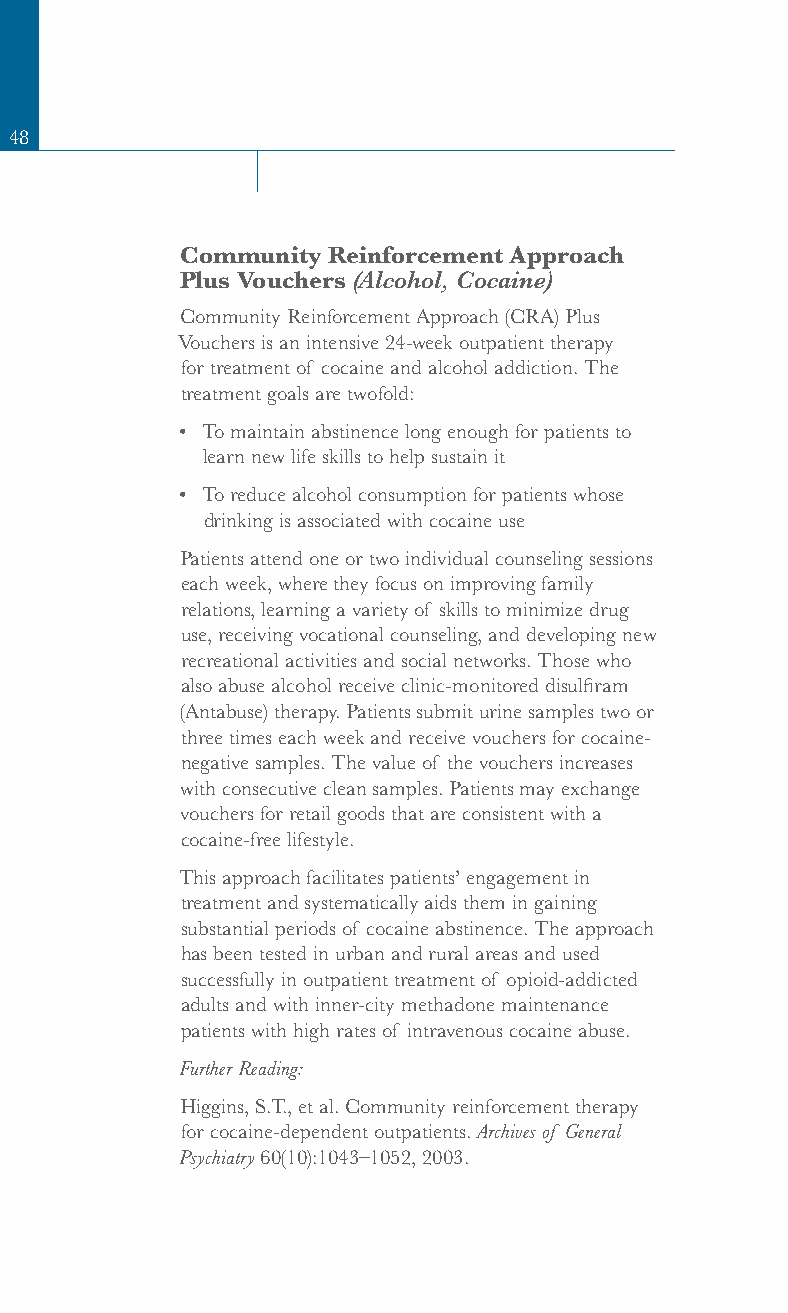
48
 Community Reinforcement Approach
 Plus Vouchers (Alcohol, Cocaine)
 Community Reinforcement Approach (CRA) Plus
 Vouchers is an intensive 24-week outpatient therapy
 for treatment of cocaine and alcohol addiction. The
 treatment goals are twofold:
 • To maintain abstinence long enough for patients to
 learn new life skills to help sustain it
 • To reduce alcohol consumption for patients whose
 drinking is associated with cocaine use
 Patients attend one or two individual counseling sessions
 each week, where they focus on improving family
 relations, learning a variety of skills to minimize drug
 use, receiving vocational counseling, and developing new
 recreational activities and social networks. Those who
 also abuse alcohol receive clinic-monitored disulfiram
 (Antabuse) therapy. Patients submit urine samples two or
 three times each week and receive vouchers for cocaine-
 negative samples. The value of the vouchers increases
 with consecutive clean samples. Patients may exchange
 vouchers for retail goods that are consistent with a
 cocaine-free lifestyle.
 This approach facilitates patients’ engagement in
 treatment and systematically aids them in gaining
 substantial periods of cocaine abstinence. The approach
 has been tested in urban and rural areas and used
 successfully in outpatient treatment of opioid-addicted
 adults and with inner-city methadone maintenance
 patients with high rates of intravenous cocaine abuse.
 Further Reading:
 Higgins, S.T., et al. Community reinforcement therapy
 for cocaine-dependent outpatients. Archives of General
 Psychiatry 60(10):1043–1052, 2003.